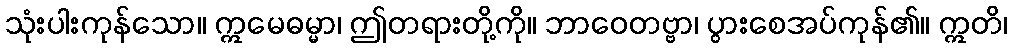
သုံးပါးကုန်သော။ ဣမေဓမ္မာ၊ ဤတရားတို့ကို။ ဘာဝေတဗ္ဗာ၊ ပွားစေအပ်ကုန်၏။ ဣတိ၊